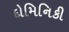
દોમિનિકી